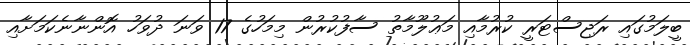
ބީލަމުގައި ރަޖިސްޓަރީ ކުރުމާއި މަޢުލޫމާތު ސާފުކުރުން މިމަހުގެ 17 ވަނަ ދުވަހު އޮންނާނެކަމަށާއި